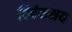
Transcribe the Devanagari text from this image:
विवेकमय